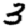
Digit: 3